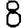
Digit: 8